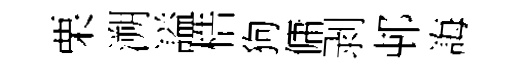
栗溯謚梏狗傭剥邨誨